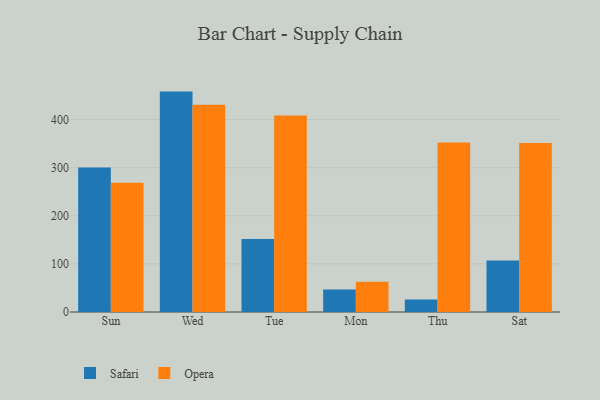
{"axis": {"x": "Day", "y": "Tickets Resolved"}, "legend": ["Opera", "Safari"], "data": [{"x": "Sun", "y": 300.4, "type": "Safari"}, {"x": "Sun", "y": 268.6, "type": "Opera"}, {"x": "Wed", "y": 458.0, "type": "Safari"}, {"x": "Wed", "y": 430.5, "type": "Opera"}, {"x": "Tue", "y": 151.7, "type": "Safari"}, {"x": "Tue", "y": 408.1, "type": "Opera"}, {"x": "Mon", "y": 46.5, "type": "Safari"}, {"x": "Mon", "y": 62.9, "type": "Opera"}, {"x": "Thu", "y": 25.8, "type": "Safari"}, {"x": "Thu", "y": 352.1, "type": "Opera"}, {"x": "Sat", "y": 106.8, "type": "Safari"}, {"x": "Sat", "y": 351.3, "type": "Opera"}]}